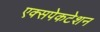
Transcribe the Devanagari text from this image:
एक्सपेकटेशन